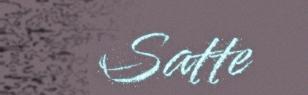
Satte